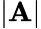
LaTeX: \lvert\mathbf{A}\rvert